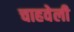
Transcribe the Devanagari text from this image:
चाहवेली